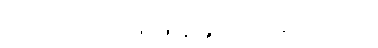
ကြည်ကြည်ဖြူဖြူနဲ့ ခွင့်ပေးခဲ့ပါတယ်။